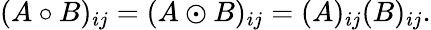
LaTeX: (A\circ B)_{ij}=(A\odot B)_{ij}=(A)_{ij}(B)_{ij}.